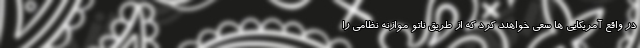
در واقع آمریکایی ها سعی خواهند کرد که از طریق ناتو موازنه نظامی را